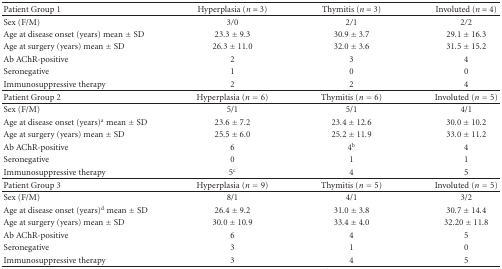
<table><thead><tr><td><b>Patient Group 1</b></td><td><b>Hyperplasia (<i>n</i> = 3)</b></td><td><b>Thymitis (<i>n</i> = 3)</b></td><td><b>Involuted (<i>n</i> = 4)</b></td></tr></thead><tbody><tr><td>Sex (F/M)</td><td>3/0</td><td>2/1</td><td>2/2</td></tr><tr><td>Age at disease onset (years) mean ± SD</td><td>23.3 ± 9.3</td><td>30.9 ± 3.7</td><td>29.1 ± 16.3</td></tr><tr><td>Age at surgery (years) mean ± SD</td><td>26.3 ± 11.0</td><td>32.0 ± 3.6</td><td>31.5 ± 15.2</td></tr><tr><td>Ab AChR-positive</td><td>2</td><td>3</td><td>4</td></tr><tr><td>Seronegative</td><td>1</td><td>0</td><td>0</td></tr><tr><td>Immunosuppressive therapy</td><td>2</td><td>2</td><td>4</td></tr><tr><td>Patient Group 2</td><td>Hyperplasia (<i>n</i> = 6)</td><td>Thymitis (<i>n</i> = 6)</td><td>Involuted (<i>n</i> = 5)</td></tr><tr><td>Sex (F/M)</td><td>5/1</td><td>5/1</td><td>4/1</td></tr><tr><td>Age at disease onset (years)<sup>a</sup> mean ± SD</td><td>23.6 ± 7.2</td><td>23.4 ± 12.6</td><td>30.0 ± 10.2</td></tr><tr><td>Age at surgery (years) mean ± SD</td><td>25.5 ± 6.0</td><td>25.2 ± 11.9</td><td>33.0 ± 11.2</td></tr><tr><td>Ab AChR-positive</td><td>6</td><td>4<sup>b</sup></td><td>4</td></tr><tr><td>Seronegative</td><td>0</td><td>1</td><td>1</td></tr><tr><td>Immunosuppressive therapy</td><td>5<sup>c</sup></td><td>4</td><td>5</td></tr><tr><td>Patient Group 3</td><td>Hyperplasia (<i>n</i> = 9)</td><td>Thymitis (<i>n</i> = 5)</td><td>Involuted (<i>n</i> = 5)</td></tr><tr><td>Sex (F/M)</td><td>8/1</td><td>4/1</td><td>3/2</td></tr><tr><td>Age at disease onset (years)<sup>d</sup> mean ± SD</td><td>26.4 ± 9.2</td><td>31.0 ± 3.8</td><td>30.7 ± 14.4</td></tr><tr><td>Age at surgery (years) mean ± SD</td><td>30.0 ± 10.9</td><td>33.4 ± 4.0</td><td>32.20 ± 11.8</td></tr><tr><td>Ab AChR-positive</td><td>6</td><td>4</td><td>5</td></tr><tr><td>Seronegative</td><td>3</td><td>1</td><td>0</td></tr><tr><td>Immunosuppressive therapy</td><td>3</td><td>4</td><td>5</td></tr></tbody></table>